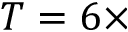
T = 6 \times